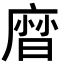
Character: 𢊓